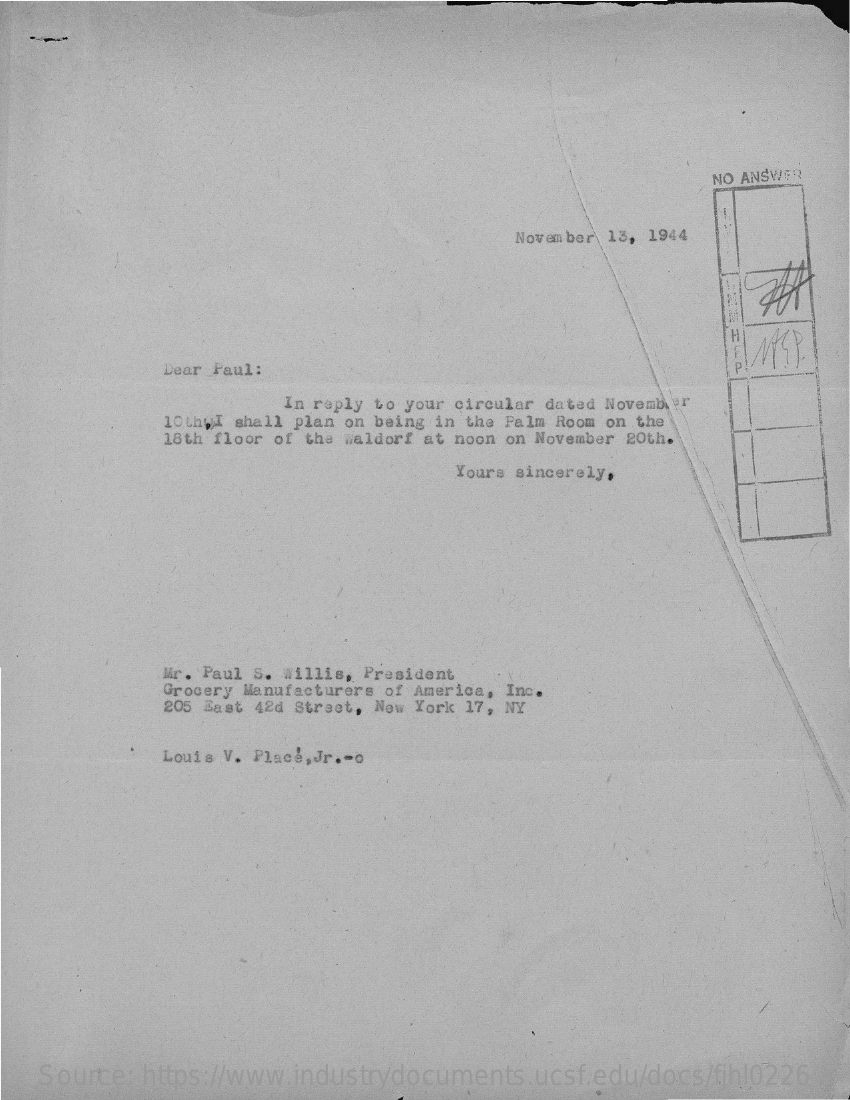
NO ANSWER
     November 13, 1944
     H
     Dear Paul:    P.
     In reply to your circular dated November
     10 thwI shall plan on being in the Palm Room on the
     18th floor of the waldorf at noon on November 20th.
     Yours sincerely,
     Mr. Paul S. willis, President
     Grocery Manufacturers of America, Inc.
     205 East 42d Street, New York 17, NY
     Louis V. Place, Jr .- o
    Source: https://www.industrydocuments.ucsf.edu/docs/fjhl0226